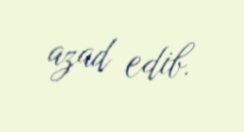
azad edib.